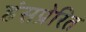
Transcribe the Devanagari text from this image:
हंसप्रेरित